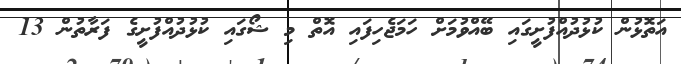
އަތޮޅުން ކުޅުދުއްފުށީގައި ބޭއްވުމަށް ހަމަޖެހިފައި އޮތް މި ޝޯގައި ކުޅުދުއްފުށީގެ ފަރާތުން 13